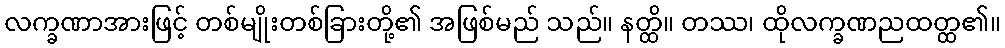
လက္ခဏာအားဖြင့် တစ်မျိုးတစ်ခြားတို့၏ အဖြစ်မည် သည်။ နတ္ထိ။ တဿ၊ ထိုလက္ခဏညထတ္ထ၏။